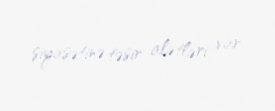
siyasətinə təsir alətləri var.